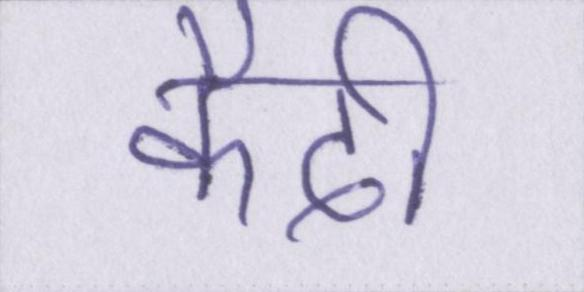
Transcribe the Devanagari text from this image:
कैदी